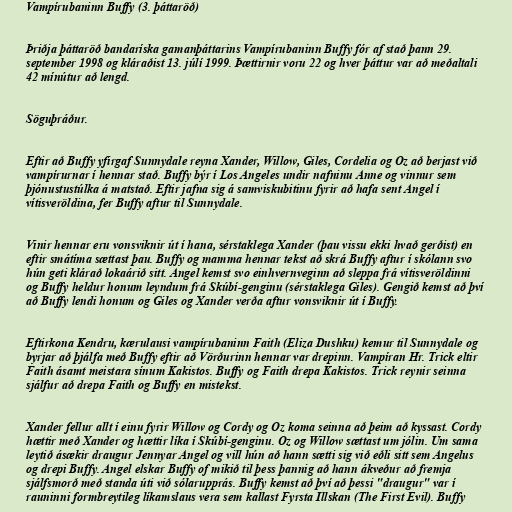
Vampírubaninn Buffy (3. þáttaröð)

Þriðja þáttaröð bandaríska gamanþáttarins Vampírubaninn Buffy fór af stað þann 29.
september 1998 og kláraðist 13. júlí 1999. Þættirnir voru 22 og hver þáttur var að meðaltali
42 mínútur að lengd.

Söguþráður.

Eftir að Buffy yfirgaf Sunnydale reyna Xander, Willow, Giles, Cordelia og Oz að berjast við
vampírurnar í hennar stað. Buffy býr í Los Angeles undir nafninu Anne og vinnur sem
þjónustustúlka á matstað. Eftir jafna sig á samviskubitinu fyrir að hafa sent Angel í
vítisveröldina, fer Buffy aftur til Sunnydale.

Vinir hennar eru vonsviknir út í hana, sérstaklega Xander (þau vissu ekki hvað gerðist) en
eftir smátíma sættast þau. Buffy og mamma hennar tekst að skrá Buffy aftur í skólann svo
hún geti klárað lokaárið sitt. Angel kemst svo einhvernveginn að sleppa frá vítisveröldinni
og Buffy heldur honum leyndum frá Skúbí-genginu (sérstaklega Giles). Gengið kemst að því
að Buffy lendi honum og Giles og Xander verða aftur vonsviknir út í Buffy.

Eftirkona Kendru, kærulausi vampírubaninn Faith (Eliza Dushku) kemur til Sunnydale og
byrjar að þjálfa með Buffy eftir að Vörðurinn hennar var drepinn. Vampíran Hr. Trick eltir
Faith ásamt meistara sínum Kakistos. Buffy og Faith drepa Kakistos. Trick reynir seinna
sjálfur að drepa Faith og Buffy en mistekst.

Xander fellur allt í einu fyrir Willow og Cordy og Oz koma seinna að þeim að kyssast. Cordy
hættir með Xander og hættir líka í Skúbí-genginu. Oz og Willow sættast um jólin. Um sama
leytið ásækir draugur Jennyar Angel og vill hún að hann sætti sig við eðli sitt sem Angelus
og drepi Buffy. Angel elskar Buffy of mikið til þess þannig að hann ákveður að fremja
sjálfsmorð með standa úti við sólarupprás. Buffy kemst að því að þessi "draugur" var í
rauninni formbreytileg líkamslaus vera sem kallast Fyrsta Illskan (The First Evil). Buffy